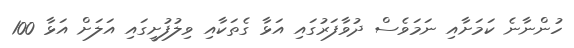
ހުންނާނެ ކަމަށާއި ނަމަވެސް ދުވާފަރުގައި އަޅާ ގެތަކާއި ވިލުފުށީގައި އަލަށް އަޅާ 100